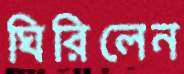
ঘিরিলেন